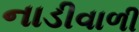
નાડીવાળી